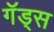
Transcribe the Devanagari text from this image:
गॅड्स